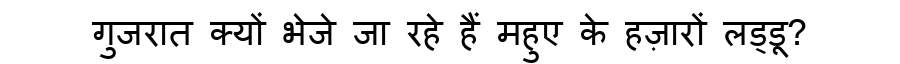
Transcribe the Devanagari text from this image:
गुजरात क्यों भेजे जा रहे हैं महुए के हज़ारों लड्डू?